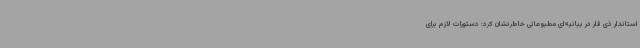
استاندار ذی قار در بیانیه‌ای مطبوعاتی خاطرنشان کرد: دستورات لازم برای